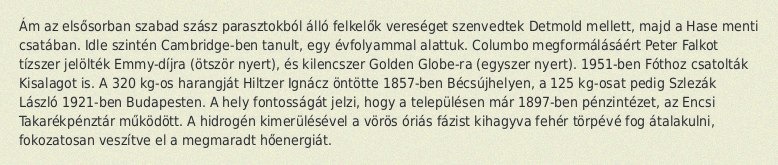
Ám az elsősorban szabad szász parasztokból álló felkelők vereséget szenvedtek Detmold mellett, majd a Hase menti csatában. Idle szintén Cambridge-ben tanult, egy évfolyammal alattuk. Columbo megformálásáért Peter Falkot tízszer jelölték Emmy-díjra (ötször nyert), és kilencszer Golden Globe-ra (egyszer nyert). 1951-ben Fóthoz csatolták Kisalagot is. A 320 kg-os harangját Hiltzer Ignácz öntötte 1857-ben Bécsújhelyen, a 125 kg-osat pedig Szlezák László 1921-ben Budapesten. A hely fontosságát jelzi, hogy a településen már 1897-ben pénzintézet, az Encsi Takarékpénztár működött. A hidrogén kimerülésével a vörös óriás fázist kihagyva fehér törpévé fog átalakulni, fokozatosan veszítve el a megmaradt hőenergiát.